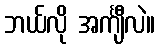
ဘယ်လို အင်္ကျီလဲ။